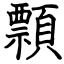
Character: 顠